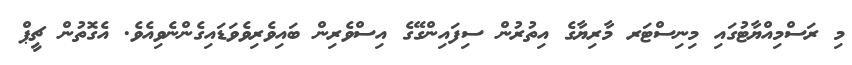
މި ރަސްމިއްޔާޓުގައި މިނިސްޓަރ މާރިޔާގެ އިތުރުން ސިފައިންގޭގެ އިސްވެރިން ބައިވެރިވެވަޑައިގެންނެވިއެވެ. އެގޮތުން ޗީޕް